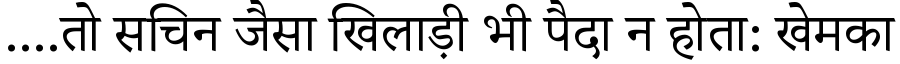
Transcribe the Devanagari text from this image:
....तो सचिन जैसा खिलाड़ी भी पैदा न होता: खेमका